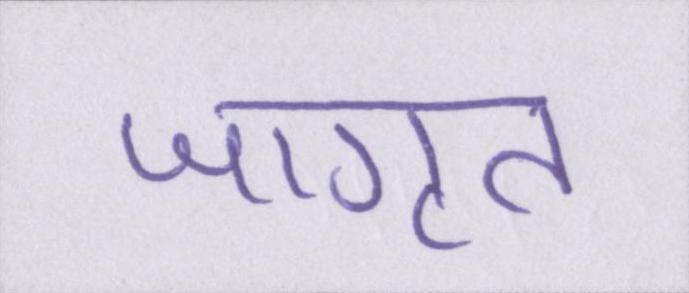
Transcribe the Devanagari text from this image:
जागृत